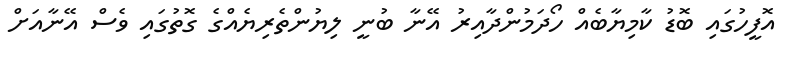
އޮފީހުގައި ބޮޑު ކާމިޔާބެއް ހޯދަމުންދާއިރު އޭނާ ބުނީ ލިޔުންތެރިޔެއްގެ ގޮތުގައި ވެސް އޭނާއަށް